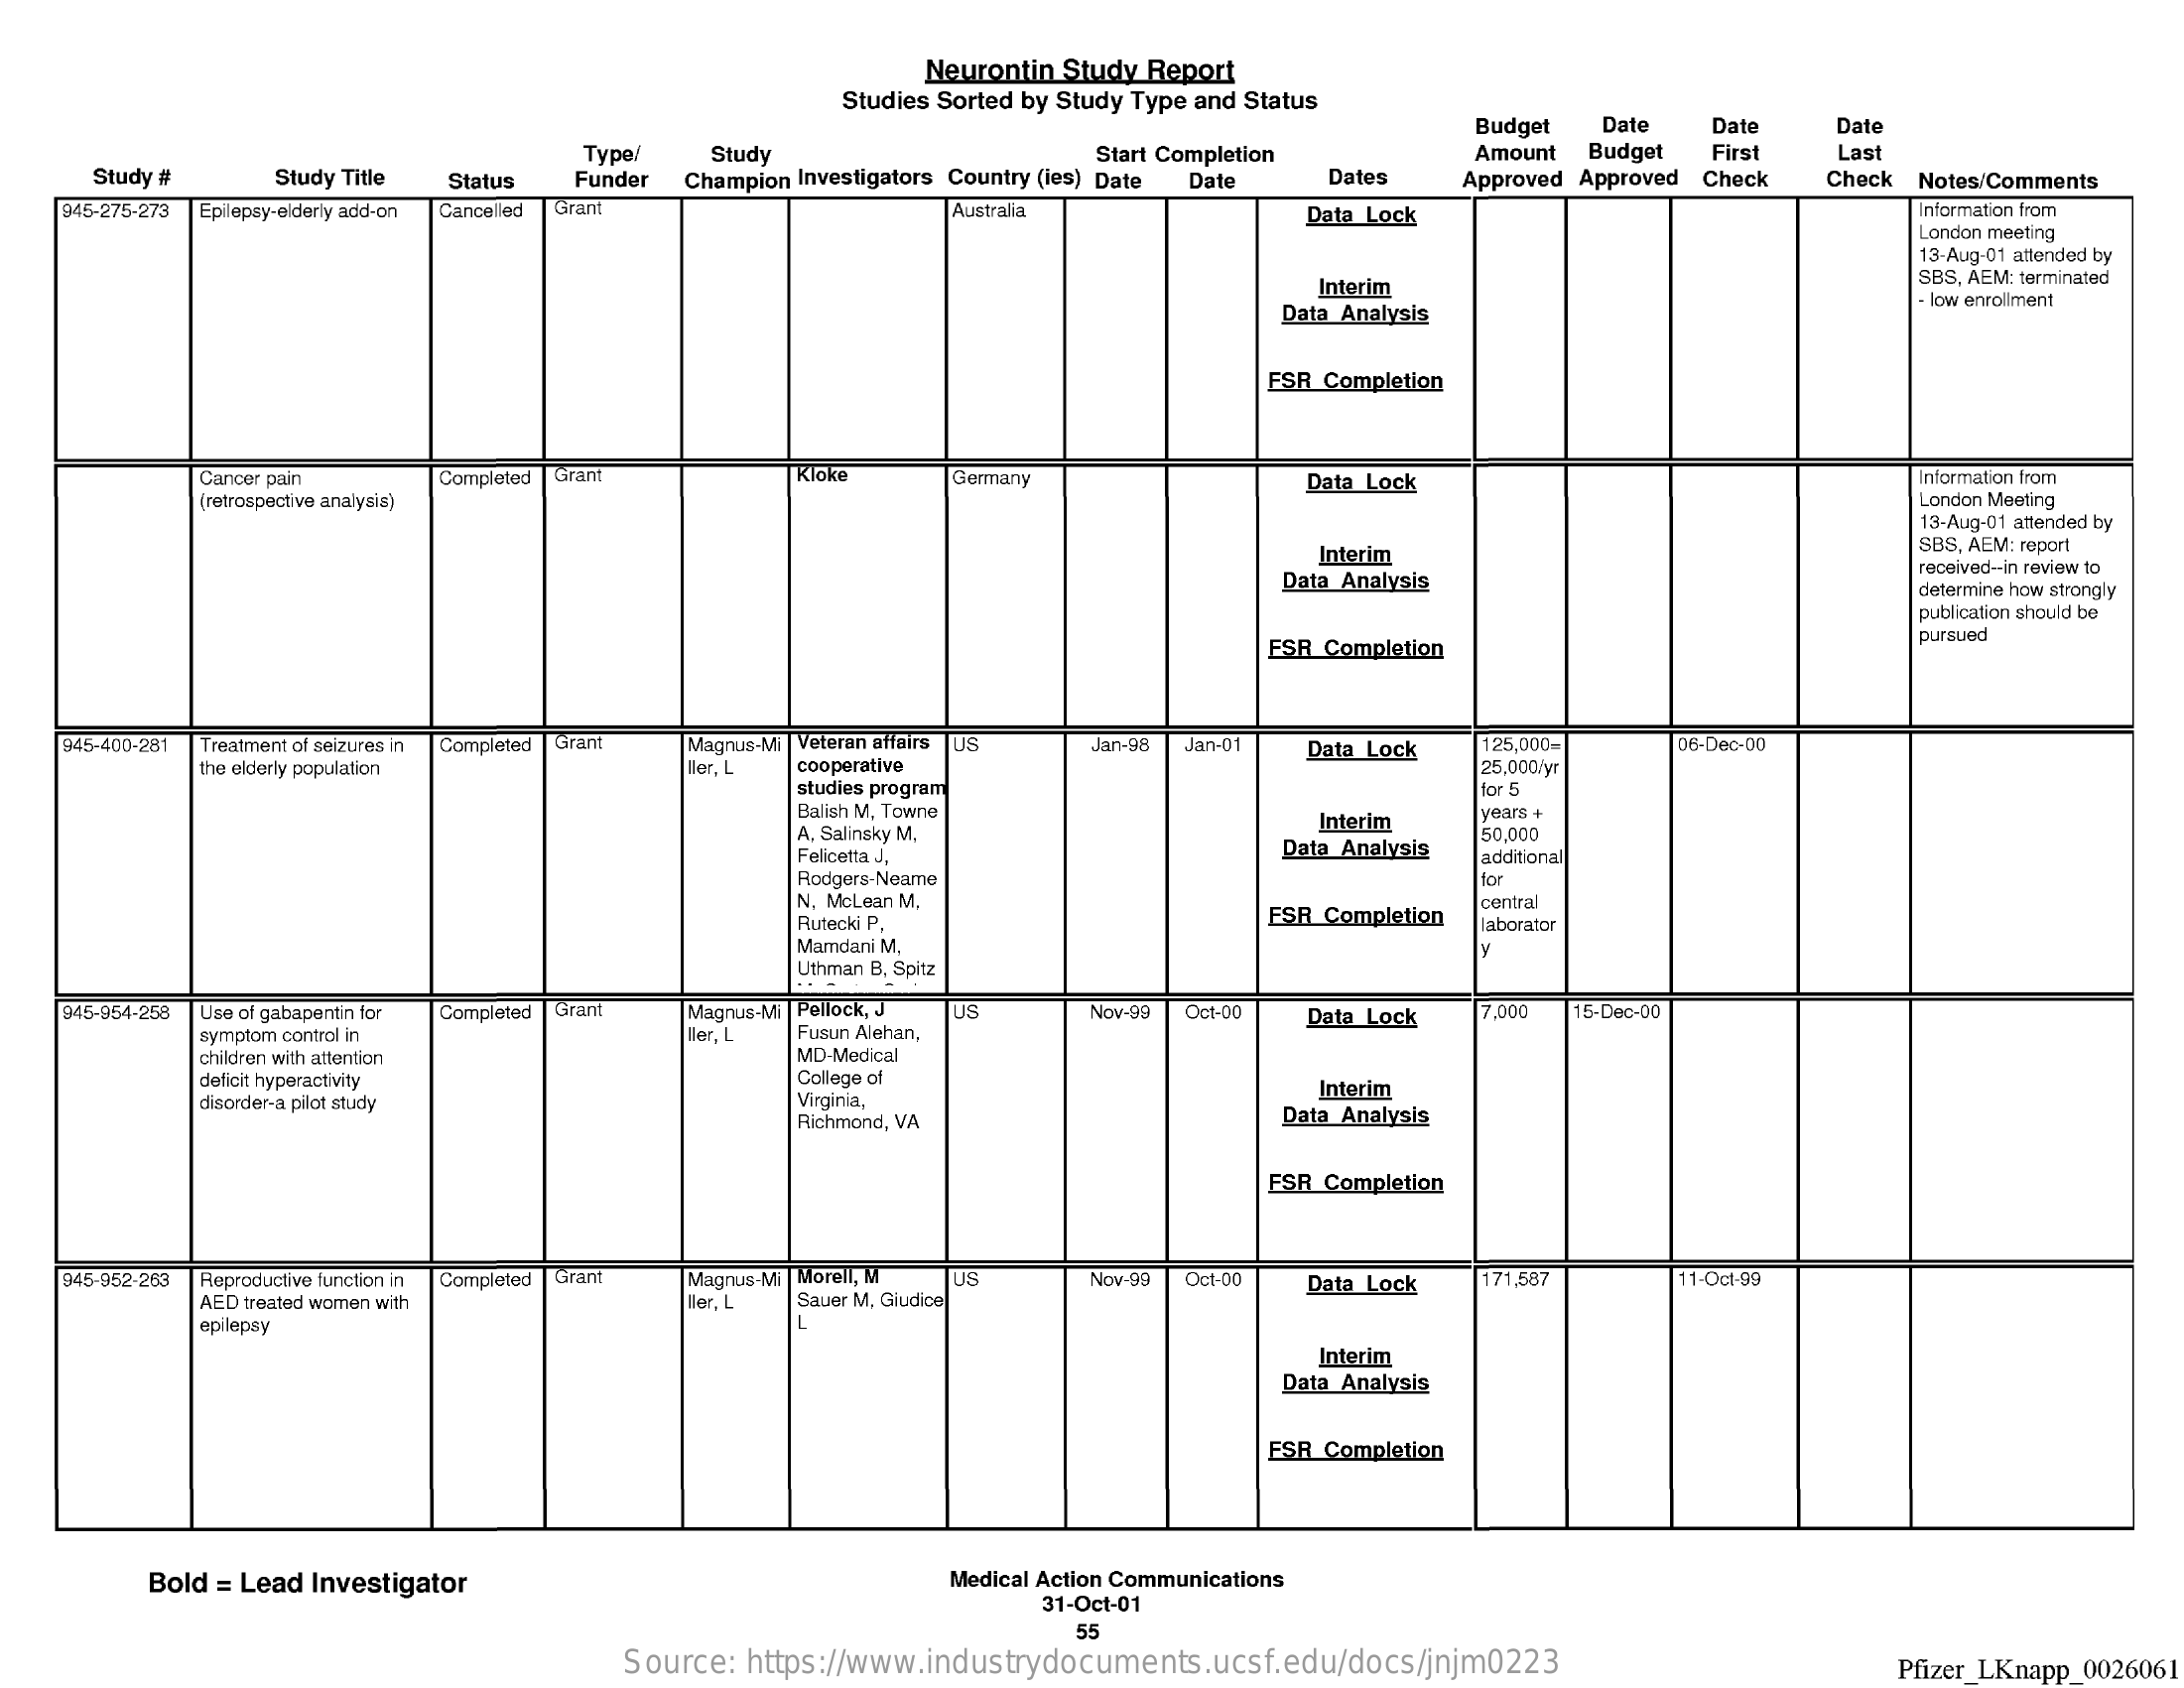
Neurontin Study Report
     Studies Sorted by Study Type and Status
     Budget  Date   Date   Date
     Type/   Study    Start Completion    Amount Budget  First
     Study #
     Last
     Study Title Status Funder Champion Investigators Country (ies) Date Date Dates Approved Approved Check Check Notes/Comments
    945-275-273 Epilepsy-elderly add-on Cancelled Grant    Australia    Data Lock    Information from
     London meeting
     13-Aug-01 attended by
     Interim    SBS, AEM: terminated
     Data Analysis
     . low enrollment
     FSR Completion
     Cancer pain    Completed Gran    Kloke    Germany    Data Lock    Information from
     (retrospective analysis)    London Meeting
     13-Aug-01 attended by
     Interim
     SBS, AEM: report
     Data Analysis
     received-in review to
     determine how strongly
     publication should be
     ESR Completion
     pursued
    945-400-281 Treatment of seizures in Completed Gran Magnus-Mi | Veteran affairs US Jan-98 Jan-01 Data Lock 125,000- 06-Dec-DD
     the elderly population    cooperative    25,000/yr
     studies program    for 5
     Balish M, Towne
     A. Salinsky M.
     Interim   years +
     Felicetta J.    Data Analysis
     50,000
     Rodgers-Neame
     additional
     for
     N, McLean M.
     Rutecki P.    ESR Completion
     central
     Mamdani M,
     laborator
     Uthman B, Spitz
    945-954-258 Use of gabapentin for Completed Grant Magnus-Mi Pellock, J US
     Fusun Alehan,
     Nov-99 Oct-00    7.000
     ller, L
     Data Lock    15-Dec-00
     symptom control in
     children with attention    MD-Medical
     deficit hyperactivity    College of
     disorder-a pilot study    Virginia,
     Interim
     Richmond, VA    Data Analysis
     ESR Completion
    945-952-263 Reproductive function in Completed Grant Magnus-Mi |Morell, M US Nov-99 Oct-00 171,587    11-Oct-99
     AED treated women with    Iller, L Sauer M, Giudice
     Data Lock
     epilepsy
     Interim
     Data Analysis
     FSR Completion
     Bold = Lead Investigator    Medical Action Communications
     31-Oct-01
     55
     Source: https://www.industrydocuments.ucsf.edu/docs/jnjm0223    Pfizer_LKnapp_0026061